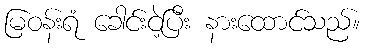
မြဝန်းရံ ခေါင်းငဲ့ပြီး နားထောင်သည်။